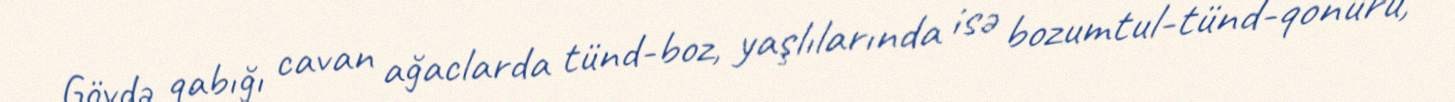
Gövdə qabığı cavan ağaclarda tünd-boz, yaşlılarında isə bozumtul-tünd-qonuru,